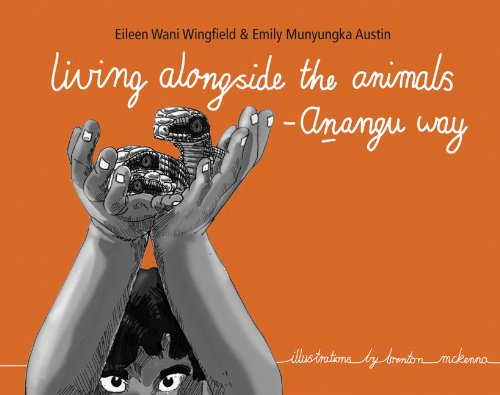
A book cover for Living Alongside the Animals - Anangu Way; Eileen Wingfield; Children's Books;